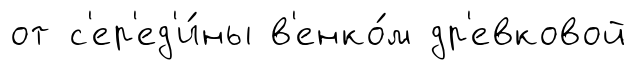
от с'ер'ед'и́ны в'енко́м др'евковой